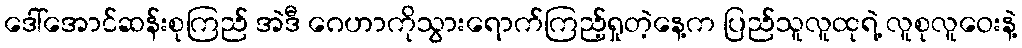
ဒေါ်အောင်ဆန်းစုကြည် အဲဒီ ဂေဟာကိုသွားရောက်ကြည့်ရှုတဲ့နေ့က ပြည်သူလူထုရဲ့ လူစုလူဝေးနဲ့